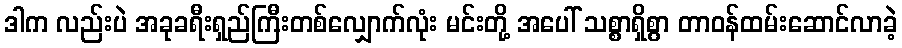
ဒါက လည်းပဲ အခုခရီးရှည်ကြီးတစ်လျှောက်လုံး မင်းတို့ အပေါ် သစ္စာရှိစွာ တာဝန်ထမ်းဆောင်လာခဲ့